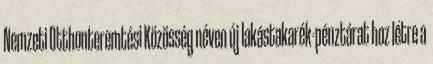
Nemzeti Otthonteremtési Közösség néven új lakástakarék-pénztárat hoz létre a